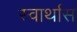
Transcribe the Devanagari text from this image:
स्वार्थास